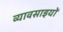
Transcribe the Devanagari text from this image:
व्यावसाइयों